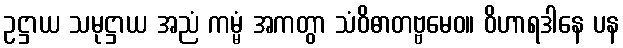
ဥဋ္ဌာယ သမုဋ္ဌာယ အညံ ကမ္မံ အကတွာ သံဝိဓာတဗ္ဗမေဝ။ ဝိဟာရဒါနေ ပန